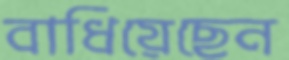
বাধিয়েছেন